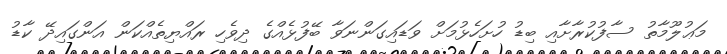
މަޢުލޫމާތު ސާފުކުރާށާއި ބިޑު ހުށަހެޅުމަށް ވަޑައިގަންނަވާ ބޭފުޅެއްގެ ދިވެހި ރައްޔިތެއްކަން އަންގައިދޭ ކާޑު